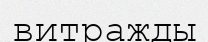
витражды